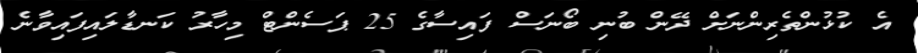
އެ ކުޅުންތެރިންނަށް ދޭން ބުނި ބޯނަސް ފައިސާގެ 25 ޕަސެންޓް މިހާރު ކަނޑާލައިފައިވާނެ